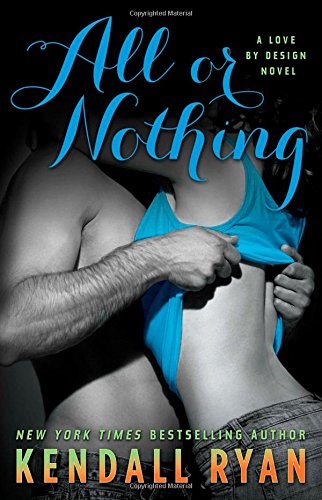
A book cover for All or Nothing: A Love by Design Novel; Kendall Ryan; Romance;